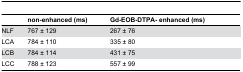
<table><thead><tr><td></td><td><b>non-enhanced (ms)</b></td><td><b>Gd-EOB-DTPA- enhanced (ms)</b></td></tr></thead><tbody><tr><td>NLF</td><td>767 ± 129</td><td>267 ± 76</td></tr><tr><td>LCA</td><td>784 ± 110</td><td>335 ± 80</td></tr><tr><td>LCB</td><td>784 ± 114</td><td>431 ± 75</td></tr><tr><td>LCC</td><td>788 ± 123</td><td>557 ± 99</td></tr></tbody></table>